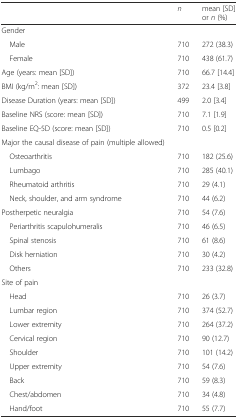
|  | n | mean [SD] or n (%) |
 | --- | --- | --- |
 | Gender |  |  |
 | Male | 710 | 272 (38.3) |
 | Female | 710 | 438 (61.7) |
 | Age (years: mean [SD]) | 710 | 66.7 [14.4] |
 | BMI (kg/m2: mean [SD]) | 372 | 23.4 [3.8] |
 | Disease Duration (years: mean [SD]) | 499 | 2.0 [3.4] |
 | Baseline NRS (score: mean [SD]) | 710 | 7.1 [1.9] |
 | Baseline EQ-5D (score: mean [SD]) | 710 | 0.5 [0.2] |
 | Major the causal disease of pain (multiple allowed) |  |  |
 | Osteoarthritis | 710 | 182 (25.6) |
 | Lumbago | 710 | 285 (40.1) |
 | Rheumatoid arthritis | 710 | 29 (4.1) |
 | Neck, shoulder, and arm syndrome | 710 | 44 (6.2) |
 | Postherpetic neuralgia | 710 | 54 (7.6) |
 | Periarthritis scapulohumeralis | 710 | 46 (6.5) |
 | Spinal stenosis | 710 | 61 (8.6) |
 | Disk herniation | 710 | 30 (4.2) |
 | Others | 710 | 233 (32.8) |
 | Site of pain |  |  |
 | Head | 710 | 26 (3.7) |
 | Lumbar region | 710 | 374 (52.7) |
 | Lower extremity | 710 | 264 (37.2) |
 | Cervical region | 710 | 90 (12.7) |
 | Shoulder | 710 | 101 (14.2) |
 | Upper extremity | 710 | 54 (7.6) |
 | Back | 710 | 59 (8.3) |
 | Chest/abdomen | 710 | 34 (4.8) |
 | Hand/foot | 710 | 55 (7.7) |